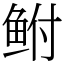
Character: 鲋